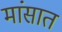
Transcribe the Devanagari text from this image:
मांसात